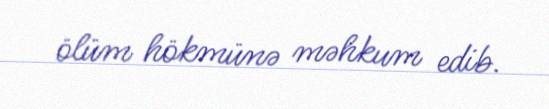
ölüm hökmünə məhkum edib.